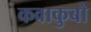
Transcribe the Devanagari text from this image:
कवाकुबो